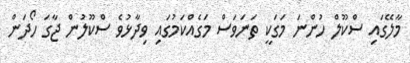
މާލޭގައި ސްކޫލް ހުންނަ މަގަކީ ތަނަވަސް މަގެއްކަމުގައި ވިދާޅުވެ ސްކޫލުން ޖާގަ ހޯދަން